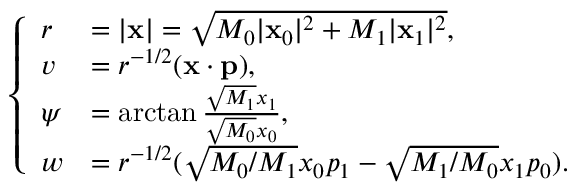
\begin{array} { r } { \left\{ \begin{array} { l l } { r } & { = | \mathbf { x } | = \sqrt { M _ { 0 } | \mathbf { x } _ { 0 } | ^ { 2 } + M _ { 1 } | \mathbf { x } _ { 1 } | ^ { 2 } } , } \\ { v } & { = r ^ { - 1 / 2 } ( \mathbf { x } \cdot \mathbf { p } ) , } \\ { \psi } & { = \arctan \frac { \sqrt { M _ { 1 } } x _ { 1 } } { \sqrt { M _ { 0 } } x _ { 0 } } , } \\ { w } & { = r ^ { - 1 / 2 } ( \sqrt { M _ { 0 } / M _ { 1 } } x _ { 0 } p _ { 1 } - \sqrt { M _ { 1 } / M _ { 0 } } x _ { 1 } p _ { 0 } ) . } \end{array} \right. } \end{array}